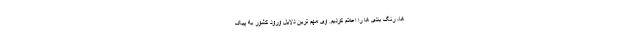
ها، رنگ بندی ها را اعلام کردیم. وی مهم ترین دلایل ورود کشور به پیک